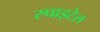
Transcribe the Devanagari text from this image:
स्पाइटेल